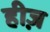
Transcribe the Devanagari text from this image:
हीज़